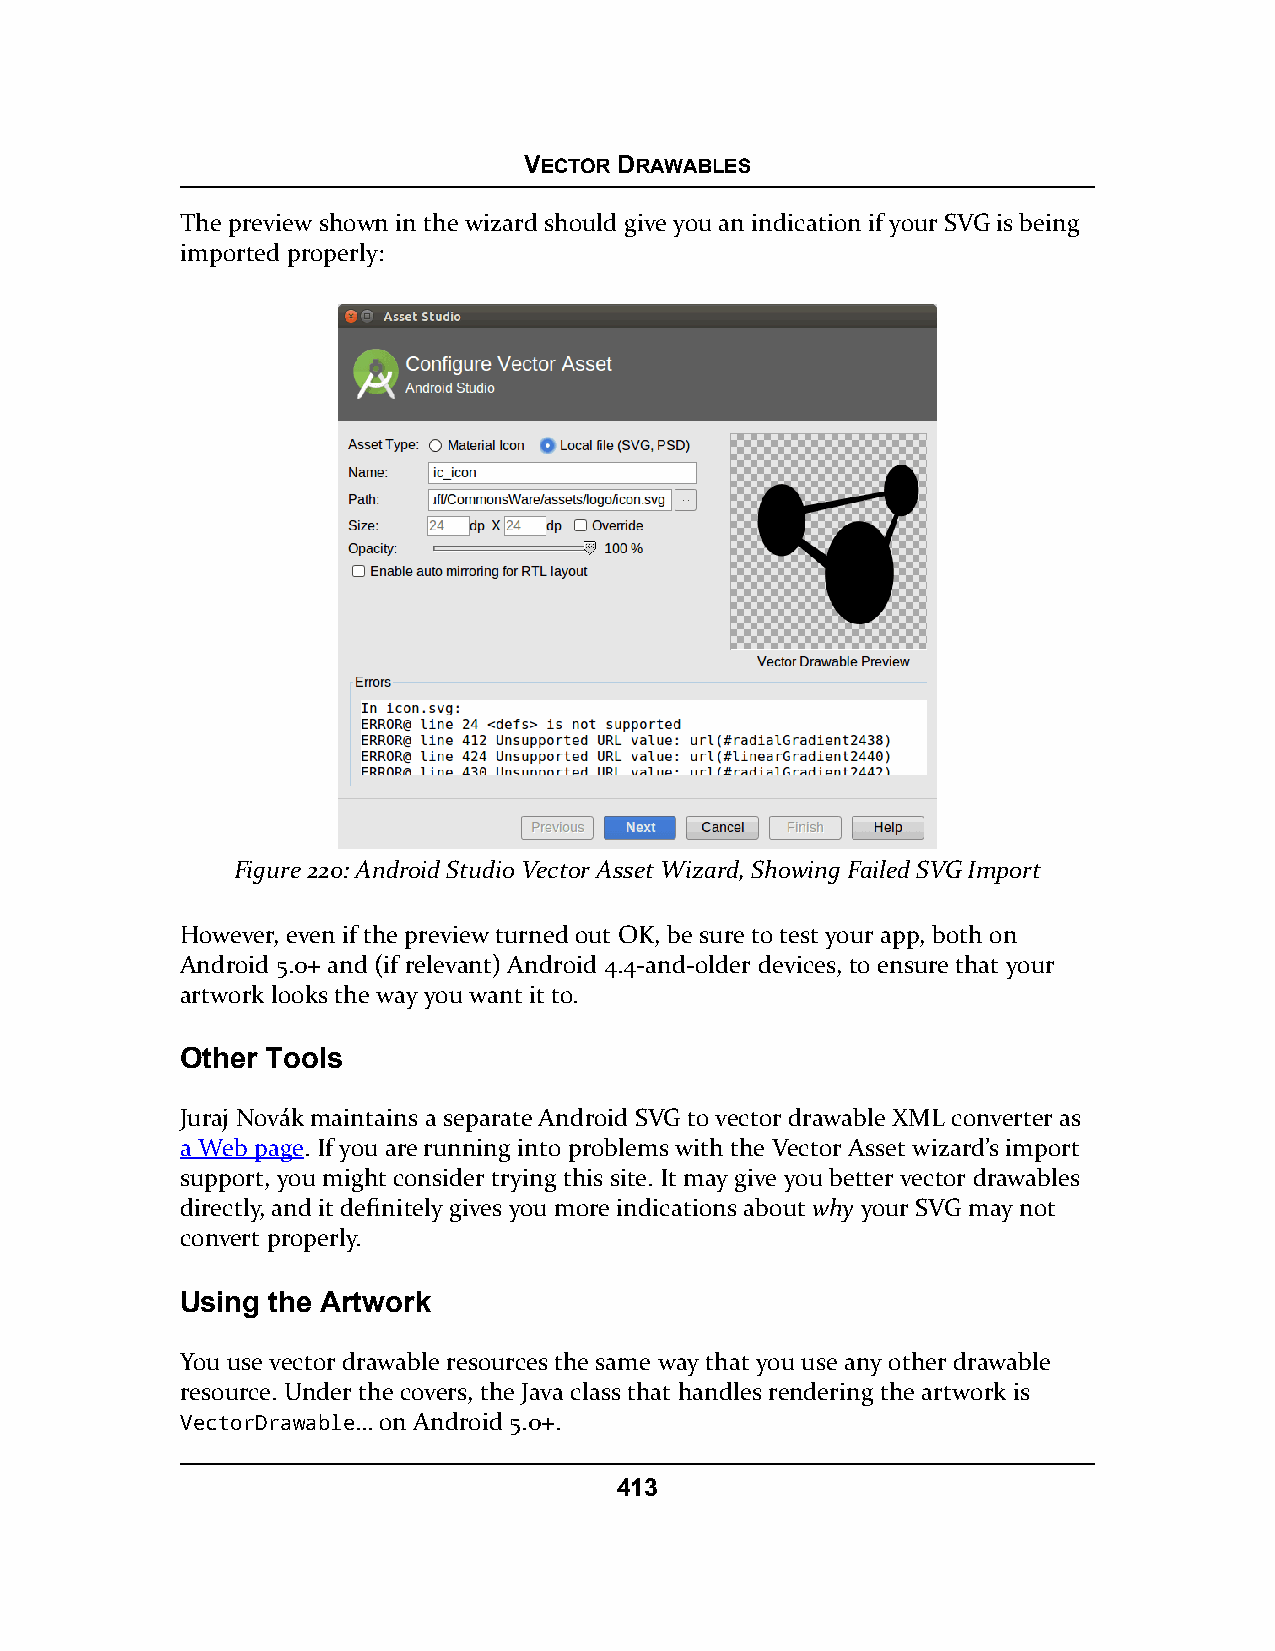
VECTOR DRAWABLES
 The preview shown in the wizard should give you an indication if your SVG is being
 imported properly:
 Figure 220: Android Studio Vector Asset Wizard, Showing Failed SVG Import
 However, even if the preview turned out OK, be sure to test your app, both on
 Android 5.0+ and (if relevant) Android 4.4-and-older devices, to ensure that your
 artwork looks the way you want it to.
 Other Tools
 Juraj Novák maintains a separate Android SVG to vector drawable XML converter as
 a Web page. If you are running into problems with the Vector Asset wizard’s import
 support, you might consider trying this site. It may give you better vector drawables
 directly, and it definitely gives you more indications about why your SVG may not
 convert properly.
 Using the Artwork
 You use vector drawable resources the same way that you use any other drawable
 resource. Under the covers, the Java class that handles rendering the artwork is
 VectorDrawable… on Android 5.0+.
 413